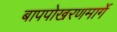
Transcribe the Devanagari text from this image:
बापपोखरणमार्गे